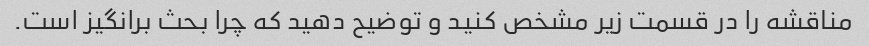
مناقشه را در قسمت زیر مشخص کنید و توضیح دهید که چرا بحث برانگیز است.